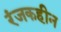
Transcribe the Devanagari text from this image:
रंजकहीन